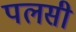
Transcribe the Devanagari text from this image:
पलसी